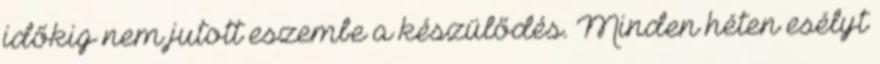
időkig nem jutott eszembe a készülődés. Minden héten esélyt